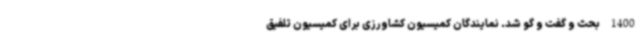
1400 بحث و گفت و گو شد. نمایندگان کمیسیون کشاورزی برای کمیسیون تلفیق